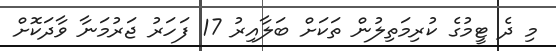
މި ދެ ޓީމުގެ ކުރިމަތިލުން ތަކަށް ބަލާއިރު 17 ފަހަރު ޖަރުމަނާ ވާދަކޮށް